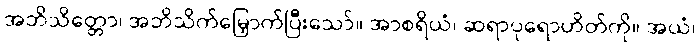
အဘိသိတ္တော၊ အဘိသိက်မြှောက်ပြီးသော်။ အာစရိယံ၊ ဆရာပုရောဟိတ်ကို။ အယံ၊